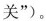
关”)。